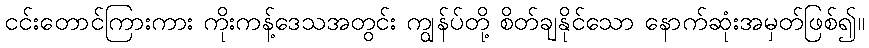
ငင်းတောင်ကြားကား ကိုးကန့်ဒေသအတွင်း ကျွန်ပ်တို့ စိတ်ချနိုင်သော နောက်ဆုံးအမှတ်ဖြစ်၍။